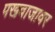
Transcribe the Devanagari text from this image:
पखवाजावर